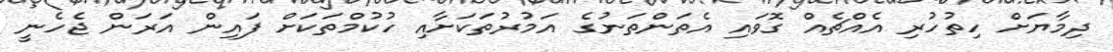
ދިމާޔަށް ހިތުހުރި އެއްޗެއް ގޮވައި އެތަންތަނުގެ އަމުރުތަކަށާއި ހުކުމްތަކަށް ފައިން އަރަން ޖެހެނީ